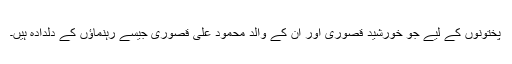
پختونوں کے لیے جو خورشید قصوری اور اُن کے والد محمود علی قصوری جیسے رہنماؤں کے دلدادہ ہیں۔